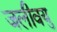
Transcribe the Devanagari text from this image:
जलीवयु